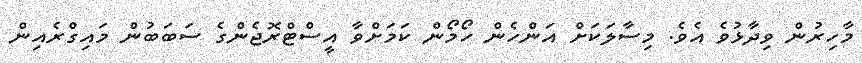
މާހިރުން ވިދާޅުވެ އެވެ. މިސާލަކަށް އަންހެން ހޯމޯން ކަމަށްވާ އީސްޓްރޮޖެންގެ ސަބަބުން މައިގްރެއިން